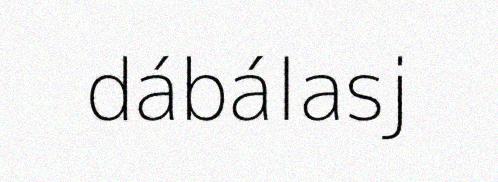
dábálasj